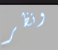
ونظر